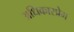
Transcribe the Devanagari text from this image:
अधिकारप्रेम